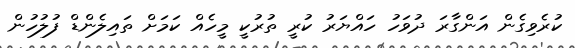
ކުރެވިގެން އަންގާރަ ދުވަހު ހައްޔަރު ކުރީ ތުރުކީ މީހެއް ކަމަށް ތައިލެންޑް ފުލުހުން